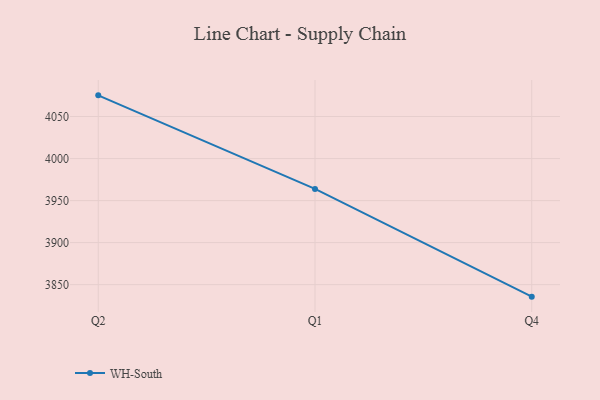
{"axis": {"x": "Quarter", "y": "Active Users"}, "legend": ["WH-South"], "data": [{"x": "Q2", "y": 4075.2, "type": "WH-South"}, {"x": "Q1", "y": 3963.9, "type": "WH-South"}, {"x": "Q4", "y": 3835.7, "type": "WH-South"}]}